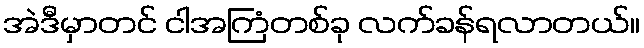
အဲဒီမှာတင် ငါအကြံတစ်ခု လက်ခန်ရလာတယ်။